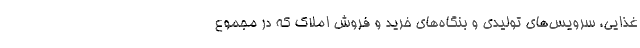
غذایی، سرویس‌های تولیدی و بنگاه‌های خرید و فروش املاک که در مجموع